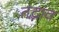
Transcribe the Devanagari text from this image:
तद्भाव